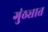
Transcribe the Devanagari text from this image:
गुंठ्यात